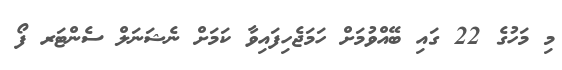
މި މަހުގެ 22 ގައި ބޭއްވުމަށް ހަމަޖެހިފައިވާ ކަމަށް ނެޝަނަލް ސެންޓަރ ފޯ